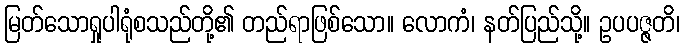
မြတ်သောရှုပါရုံစသည်တို့၏ တည်ရာဖြစ်သော။ လောကံ၊ နတ်ပြည်သို့။ ဥပပဇ္ဇတိ၊